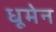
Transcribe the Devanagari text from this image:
धूमेन